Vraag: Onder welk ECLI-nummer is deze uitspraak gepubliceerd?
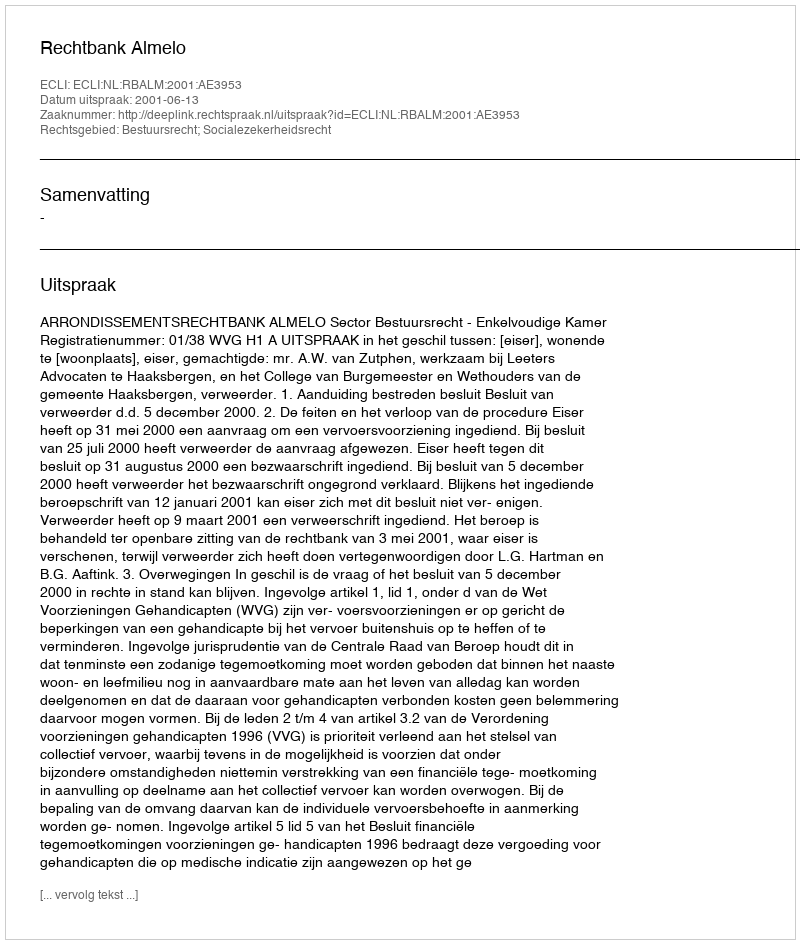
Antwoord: ECLI:NL:RBALM:2001:AE3953